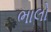
ભાલો